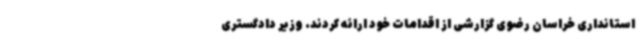
استانداری خراسان رضوی گزارشی از اقدامات خود ارائه کردند. وزیر دادگستری